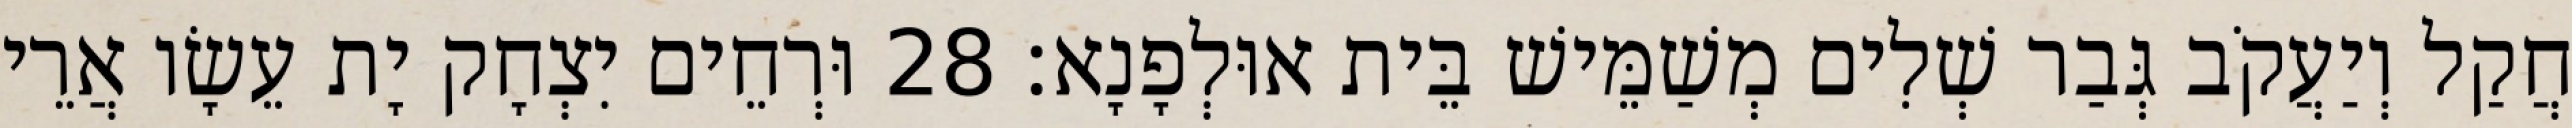
חֲקַל וְיַעֲקֹב גְּבַר שְׁלִים מְשַׁמֵּישׁ בֵּית אוּלְפָנָא׃ 28 וּרְחֵים יִצְחָק יָת עֵשָׂו אֲרֵי